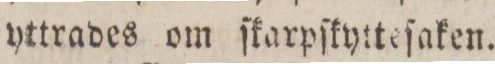
yttrades om ſkarpſkytteſaken.